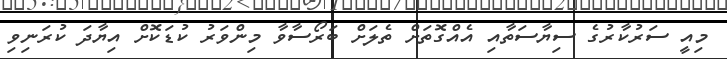
މިއީ ސަރުކާރުގެ ސިޔާސަތާއި އެއްގޮތަށް ތެލަށް ބަރޯސާވާ މިންވަރު ކުޑަކޮށް އިޔާދަ ކުރަނިވި